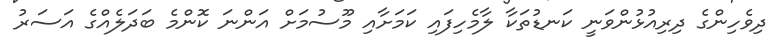
ދިވެހިންގެ ދިރިއުޅުންވަނީ ކަނޑުތަކާ ލާމެހިފައި ކަމަށާއި މޫސުމަށް އަންނަ ކޮންމެ ބަދަލެއްގެ އަސަރު